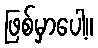
ဖြစ်မှာပေါ့။